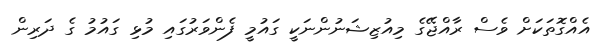
އެއްގޮތަކަށް ވެސް ރާއްޖޭގެ މިއުޒިޝަނުންނަކީ ގައުމީ ފެންވަރުގައި މުޅި ގައުމު ގެ ދަރިން